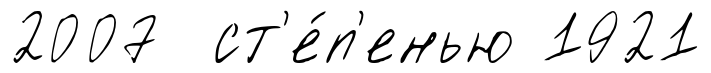
2007 ст'е́п'енью 1921